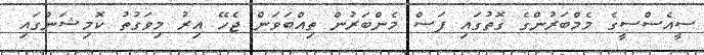
ސީއެސްސީގެ މެމްބަރުންގެ ގޮތުގައި ފަސް މެންބަރުން ތިއްބަވަން ޖެހޭ އިރު މިވަގުތު ކޮމިޝަންގައި